Civil Veterinary Dept. Assam report 1927-50 - 1927-1950
Year: 1927
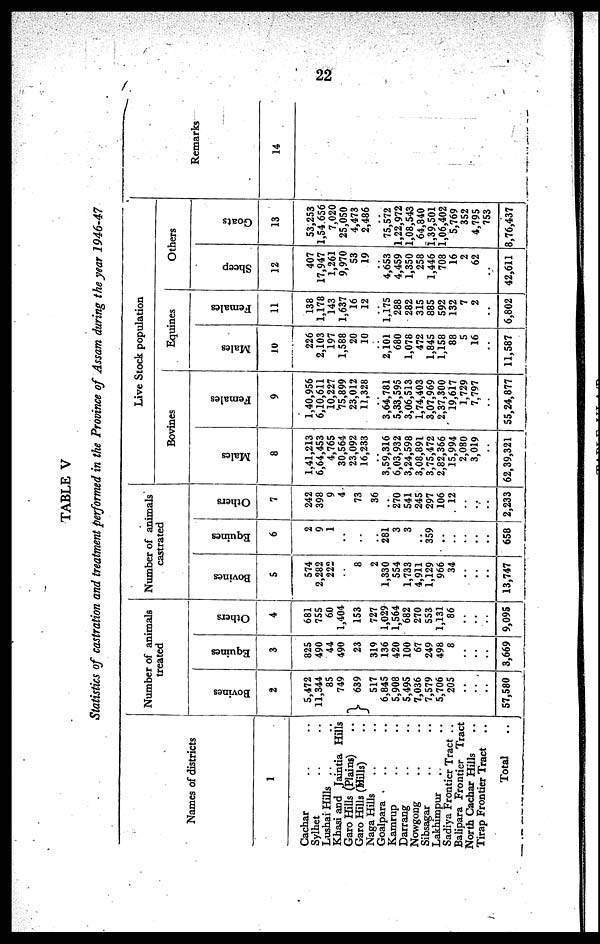
9
due to unrestricted movement of cattle from one place to another in the Province.
The incidence of this disease has been noticed in all seasons of the year. As the
disease has got every chance of being spread over the whole Province its control at
this stage is very essential. Accordingly a scheme for the control of Bovine
Contagious Pleuro-Pneumonia was submitted to the Indian Council of Agricultural
Research and it has been sanctioned this year. But due to shortage of technical
staff it has not yet been given effect to. As soon as technical men even from
outside the Province will be available the scheme will be materialised.
59. The problem of Johne's Disease amongst cattle in the Province and
particularly in Government Farms has been also engaging the serious attention of
the Department. During the year under report Mr. V. R. Rajagopalan, Research
Officer, T. B. and Johne's Disease, Indian Veterinary Research Institute,
Mukteswar, visited Assam to test cattle in Government Farms. My Veterinary
Investigation Officer, Assam, Rao Sahib V. R. Gopalakrishnan helped him in his
research work in the Government Farm; while visiting the Upper Shillong Farm
they found two Farm sheep suspected for Johne's disease on clinical basis.
Postmortem examination was conducted and the lesions in both of them were
indicative of the infection. But the smears from the thickened portions of the
intestines and the enlarged and oedematous mesentoric lymphatic glands, were
negative for acid fast organisms. However, material was collected for cultural
examination and histopathological study by the Research Officer.
During the year under report my Veterinary Investigation Officer Rao Sahib
V. R. Gopalakrishnan investigated the disease and as a result of his investigation
four cases manifesting clinical symptoms of Johne's disease, were detected and
confirmed by microscopical examination of feacal material obtained by bowel
washing and of scrapings from inusa of posterior bowels. In all cases of
confirmation of disease, control measures were suggested to check the further
spread of infections. Examination of material from local cattle outside the
Government Farms, proved negative for the disease.
60. During the year under report Mr. A. Rahman, B.A., G.V.Sc, P.G.,
Mukteswar, Assistant Investigation Officer,
(Poultry) diseases, Assam, had
rendered valuable service by investigating Poultry diseases such as Ranikhet
disease, Fowl-Pox, Fowl Cholera, etc. But no extensive investigation of all the
items under the technical programme could be undertaken owing to his absence
from the headquarters from the 8th October, 1946 to the end of March 1947
for undergoing a training at Izatnagar.
Among the poultry disease Ranikhet is the most fatal disease in Assam
causing a heavy toll of lives of poultry of the poor cultivators of the Province.
Assam, has got no Ranikhet Vaccine Depot of its own and has to depend
upon Bengal to meet its demand. But Bengal cannot supply the required
quantities. I have seriously taken account of this and have decided to submit
a scheme for the establishment of a Ranikhet Vaccine Depot to the Government
for their approval.
61. I have alrendy stated that this Department has to indent Goat Tissue
Vaccine from Bengal, Bihar, etc., and without a Vaccine Section of its own the
Province cannot be self supported and at times cannot cope with Rinderpest
epidemic. Hence I found it necessary to establish a Vaccine Section of our own
Department, Gauhati, where Vaccine can easily be prepared according to the
demand. Accordingly I paid a visit to the Bengal Veterinary Vaccine Section,
Calcutta, in August, 1946. I had submitted a detailed scheme to the Local
Government for approval. The present Veterinary staff of the Province is quite
inadequate to deal with about 127 lacs of livestock of the Province according
to 1945, Cattle Census Report. According to this the Department was in need
of at least 425 Veterinary Assistant Surgeons, and 780 Veterinary Field Assistants
for dealing with the whole cattle population of the Province. I have paid my.
serious attention to get more men trained in Veterinary Science In case
sufficient number of seats are not available in Veterinary Colleges outside the